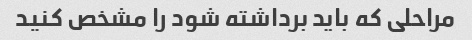
مراحلی که باید برداشته شود را مشخص کنید